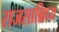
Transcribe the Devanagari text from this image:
राजसान्निध्य